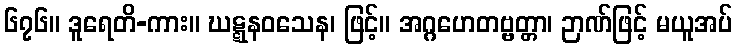
၆၇၆။ ဒူရေတိ-ကား။ ဃဋ္ဋနဝသေန၊ ဖြင့်။ အဂ္ဂဟေတဗ္ဗတ္တာ၊ ဉာဏ်ဖြင့် မယူအပ်